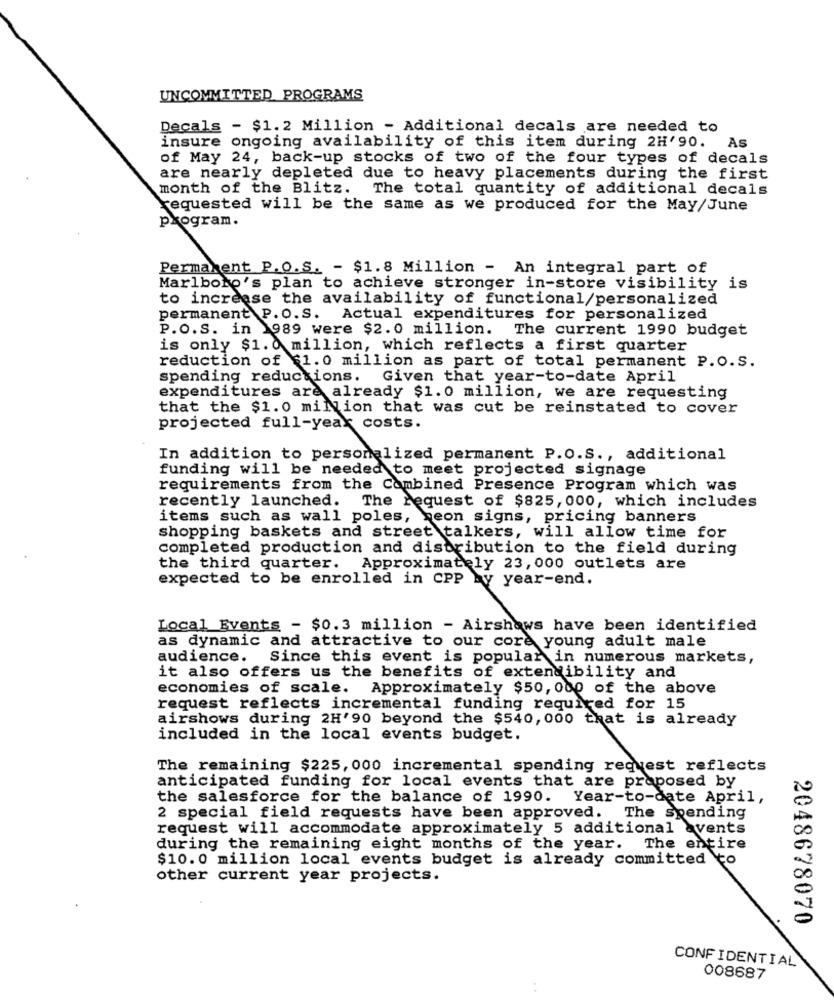
UNCOMMITTED PROGRAMS
Decals - $1.2 Million - Additional decals are needed to
insure ongoing availability of this item during 2H'90. As
of May 24, back-up stocks of two of the four types of decals
are nearly depleted due to heavy placements during the first
month of the Blitz. The total quantity of additional decals
requested will be the same as we produced for the May/June
program.
Permanent P.O.S. - $1.8 Million - An integral part of
Marlboro's plan to achieve stronger in-store visibility is
to increase the availability of functional/personalized
permanent P.O.S. Actual expenditures for personalized
P.O.S. in 1989 were $2.0 million. The current 1990 budget
is only $1. 0 million, which reflects a first quarter
reduction of $1.0 million as part of total permanent P.O.S.
spending reductions. Given that year-to-date April
expenditures are already $1.0 million, we are requesting
that the $1.0 million that was cut be reinstated to cover
projected full-year costs.
In addition to personalized permanent P.O.S ., additional
funding will be needed to meet projected signage
requirements from the Combined Presence Program which was
recently launched.
The request of $825, 000, which includes
items such as wall poles, heon signs, pricing banners
shopping baskets and street talkers, will allow time for
completed production and distribution to the field during
the third quarter. Approximately 23, 000 outlets are
expected to be enrolled in CPP by year-end.
Local Events - $0.3 million - Airshows have been identified
as dynamic and attractive to our core young adult male
audience. Since this event is popular in numerous markets,
it also offers us the benefits of extendibility and
economies of scale. Approximately $50,000 of the above
request reflects incremental funding required for 15
airshows during 2H'90 beyond the $540, 000 that is already
included in the local events budget.
The remaining $225, 000 incremental spending request reflects
anticipated funding for local events that are proposed by
the salesforce for the balance of 1990. Year-to-date April,
2 special field requests have been approved. The Spending
request will accommodate approximately 5 additional avents
during the remaining eight months of the year. The entire
$10.0 million local events budget is already committed to
other current year projects.
2048678070
CONFIDENTIAL
008687